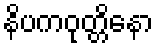
နိပကဝုတ္တိနော